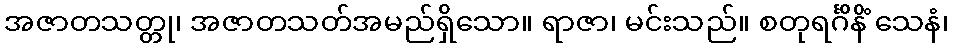
အဇာတသတ္တု၊ အဇာတသတ်အမည်ရှိသော။ ရာဇာ၊ မင်းသည်။ စတုရင်္ဂိနိံ သေနံ၊